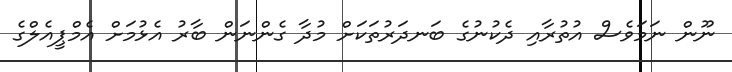
ނޫން ނަމަވެސް އުތުރާއި ދެކުނުގެ ބަނދަރުތަކަށް މުދާ ގެންނަން ބާރު އެޅުމަށް އެމްޕީއެލްގެ